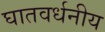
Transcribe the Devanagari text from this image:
घातवर्धनीय